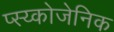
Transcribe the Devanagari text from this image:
प्स्य्कोजेनिक